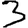
Digit: 3